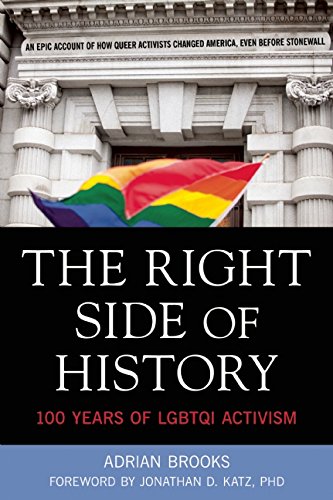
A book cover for The Right Side of History: 100 Years of LGBTQ Activism; Adrian Brooks; Literature & Fiction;